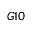
G 1 0